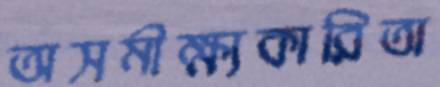
অসমীক্ষ্যকারিতা